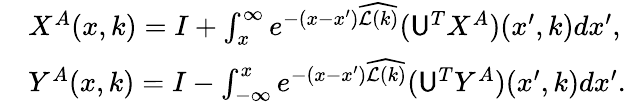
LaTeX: \begin{array}{rl}&{X^{A}(x,k)=I+\int_{x}^{\infty}e^{-(x-x^{\prime})\widehat{\mathcal{L}(k)}}(\mathsf{U}^{T}X^{A})(x^{\prime},k)dx^{\prime},}\\ &{Y^{A}(x,k)=I-\int_{-\infty}^{x}e^{-(x-x^{\prime})\widehat{\mathcal{L}(k)}}(\mathsf{U}^{T}Y^{A})(x^{\prime},k)dx^{\prime}.}\end{array}